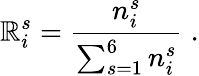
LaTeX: \mathbb{R}_{i}^{s}=\frac{{n_{i}^{s}}}{{\sum_{s=1}^{6}{n_{i}^{s}}}}\; .